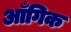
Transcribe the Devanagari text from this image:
आँगिक